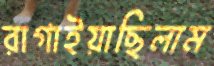
রাগাইয়াছিলাম